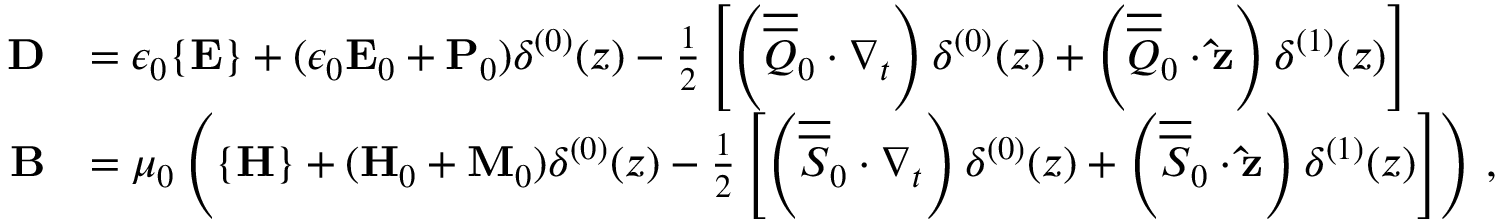
\begin{array} { r l } { \mathbf { D } } & { = \epsilon _ { 0 } \{ \mathbf { E } \} + ( \epsilon _ { 0 } \mathbf { E } _ { 0 } + \mathbf { P } _ { 0 } ) \delta ^ { ( 0 ) } ( z ) - \frac { 1 } { 2 } \left[ \left( \overline { { \overline { { Q } } } } _ { 0 } \cdot \nabla _ { t } \right) \delta ^ { ( 0 ) } ( z ) + \left( \overline { { \overline { { Q } } } } _ { 0 } \cdot \mathbf { \hat { z } } \right) \delta ^ { ( 1 ) } ( z ) \right] } \\ { \mathbf { B } } & { = \mu _ { 0 } \left( \{ \mathbf { H } \} + ( \mathbf { H } _ { 0 } + \mathbf { M } _ { 0 } ) \delta ^ { ( 0 ) } ( z ) - \frac { 1 } { 2 } \left[ \left( \overline { { \overline { { S } } } } _ { 0 } \cdot \nabla _ { t } \right) \delta ^ { ( 0 ) } ( z ) + \left( \overline { { \overline { { S } } } } _ { 0 } \cdot \mathbf { \hat { z } } \right) \delta ^ { ( 1 ) } ( z ) \right] \right) \, , } \end{array}